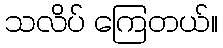
သလိပ် ကြေတယ်။